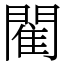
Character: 閵